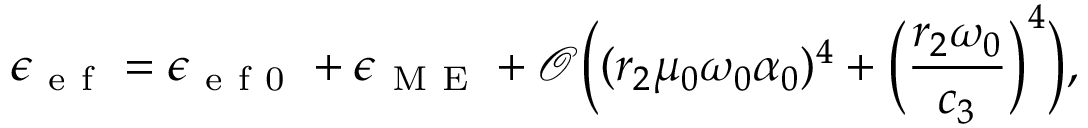
\epsilon _ { \mathrm { ~ e ~ f ~ } } = \epsilon _ { \mathrm { ~ e ~ f ~ 0 ~ } } + \epsilon _ { \mathrm { ~ M ~ E ~ } } + \mathcal { O } \bigg ( ( r _ { 2 } \mu _ { 0 } \omega _ { 0 } \alpha _ { 0 } ) ^ { 4 } + \Big ( \frac { r _ { 2 } \omega _ { 0 } } { c _ { 3 } } \Big ) ^ { 4 } \bigg ) ,